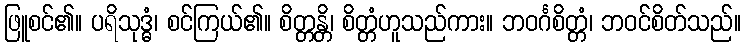
ဖြူစင်၏။ ပရိသုဒ္ဓံ၊ စင်ကြယ်၏။ စိတ္တန္တိ၊ စိတ္တံဟူသည်ကား။ ဘဝင်္ဂစိတ္တံ၊ ဘဝင်စိတ်သည်။